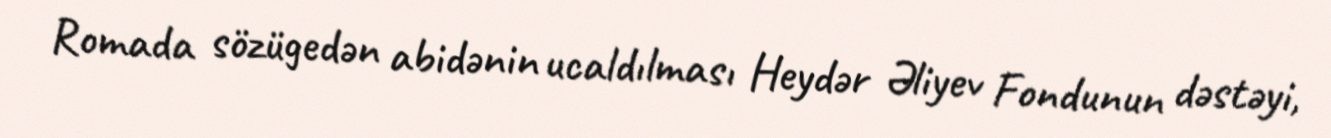
Romada sözügedən abidənin ucaldılması Heydər Əliyev Fondunun dəstəyi,